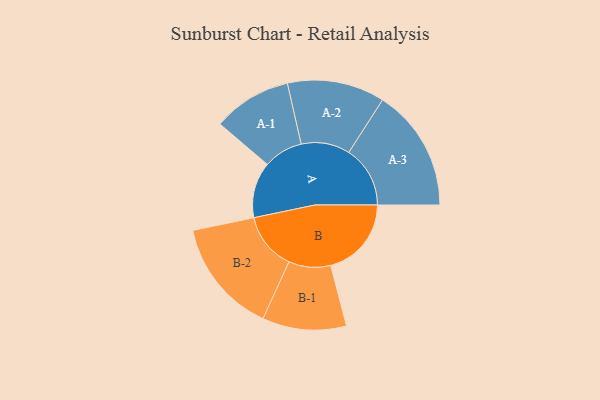
{"axis": {"x": "Segment", "y": "Value"}, "legend": ["", "A", "B"], "data": [{"x": "A", "y": 173, "type": ""}, {"x": "B", "y": 250, "type": ""}, {"x": "A-1", "y": 122, "type": "A"}, {"x": "A-2", "y": 151, "type": "A"}, {"x": "A-3", "y": 190, "type": "A"}, {"x": "B-1", "y": 130, "type": "B"}, {"x": "B-2", "y": 178, "type": "B"}]}